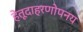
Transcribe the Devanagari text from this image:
हेतूदाहरणोपनय